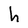
Character: h